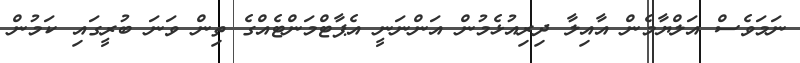
ނަމަވެސް އަލްޔާމެން އާއިލާ ދިރިއުޅެމުން އަންނަނީ އެޕާޓްމަންޓެއްގެ ތިން ވަނަ ބުރީގައި ކަމުން